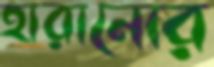
হারানোর